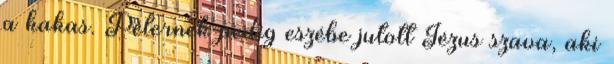
a kakas. Péternek pedig eszébe jutott Jézus szava, aki